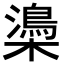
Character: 𣝨